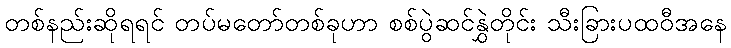
တစ်နည်းဆိုရရင် တပ်မတော်တစ်ခုဟာ စစ်ပွဲဆင်နွှဲတိုင်း သီးခြားပထဝီအနေ